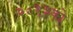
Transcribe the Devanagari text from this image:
२०१३को